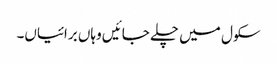
سکول میں چلے جائیں وہاں برائیاں۔